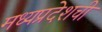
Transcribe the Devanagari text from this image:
मध्यप्रदेशची